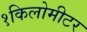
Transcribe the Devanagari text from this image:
१किलोमीटर